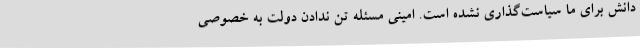
دانش برای ما سیاست‌گذاری نشده است. امینی مسئله تن ندادن دولت به خصوصی